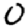
Digit: 0